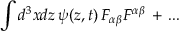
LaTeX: \int d ^ { 3 } x d z \, \psi ( z , t ) \, F _ { \alpha \beta } F ^ { \alpha \beta } \, + \, . . .